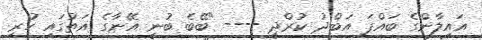
އައިލާންގެ ބައްޕަ އަބްދު ކުރްދީ ---- "ބޭބެ ބުނީ އޭނާގެ އަތުގައި ހުރި